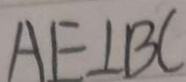
A E \bot B C